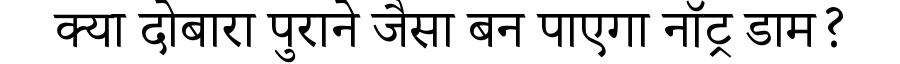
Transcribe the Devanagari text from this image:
क्या दोबारा पुराने जैसा बन पाएगा नॉट्र डाम?